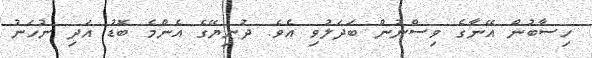
ހިސާބުން އޭނާގެ ވިސްނުން ބަދަލުވި އެވެ. ދުނިޔޭގެ އެންމެ ބޮޑު އަދި ނުހަނު